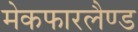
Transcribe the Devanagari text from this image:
मेकफारलैण्ड